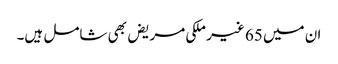
ان میں 65 غیر ملکی مریض بھی شامل ہیں۔